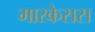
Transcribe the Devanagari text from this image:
मारकेसस